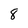
Character: 8